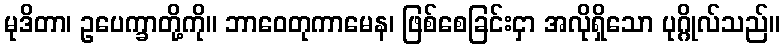
မုဒိတာ၊ ဥပေက္ခာတို့ကို။ ဘာဝေတုကာမေန၊ ဖြစ်စေခြင်းငှာ အလိုရှိသော ပုဂ္ဂိုလ်သည်။